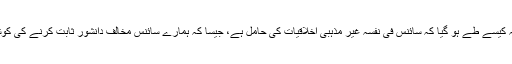
مگر اس سے یہ کیسے طے ہو گیا کہ سائنس فی نفسہٖ غیر مذہبی اخلاقیات کی حامل ہے، جیسا کہ ہمارے سائنس مخالف دانشور ثابت کرنے کی کوشش کرتے ہیں۔